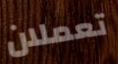
تعملان